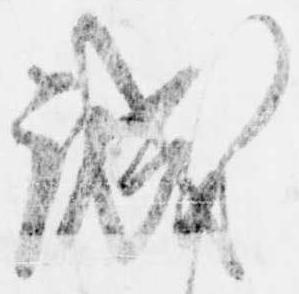
誠